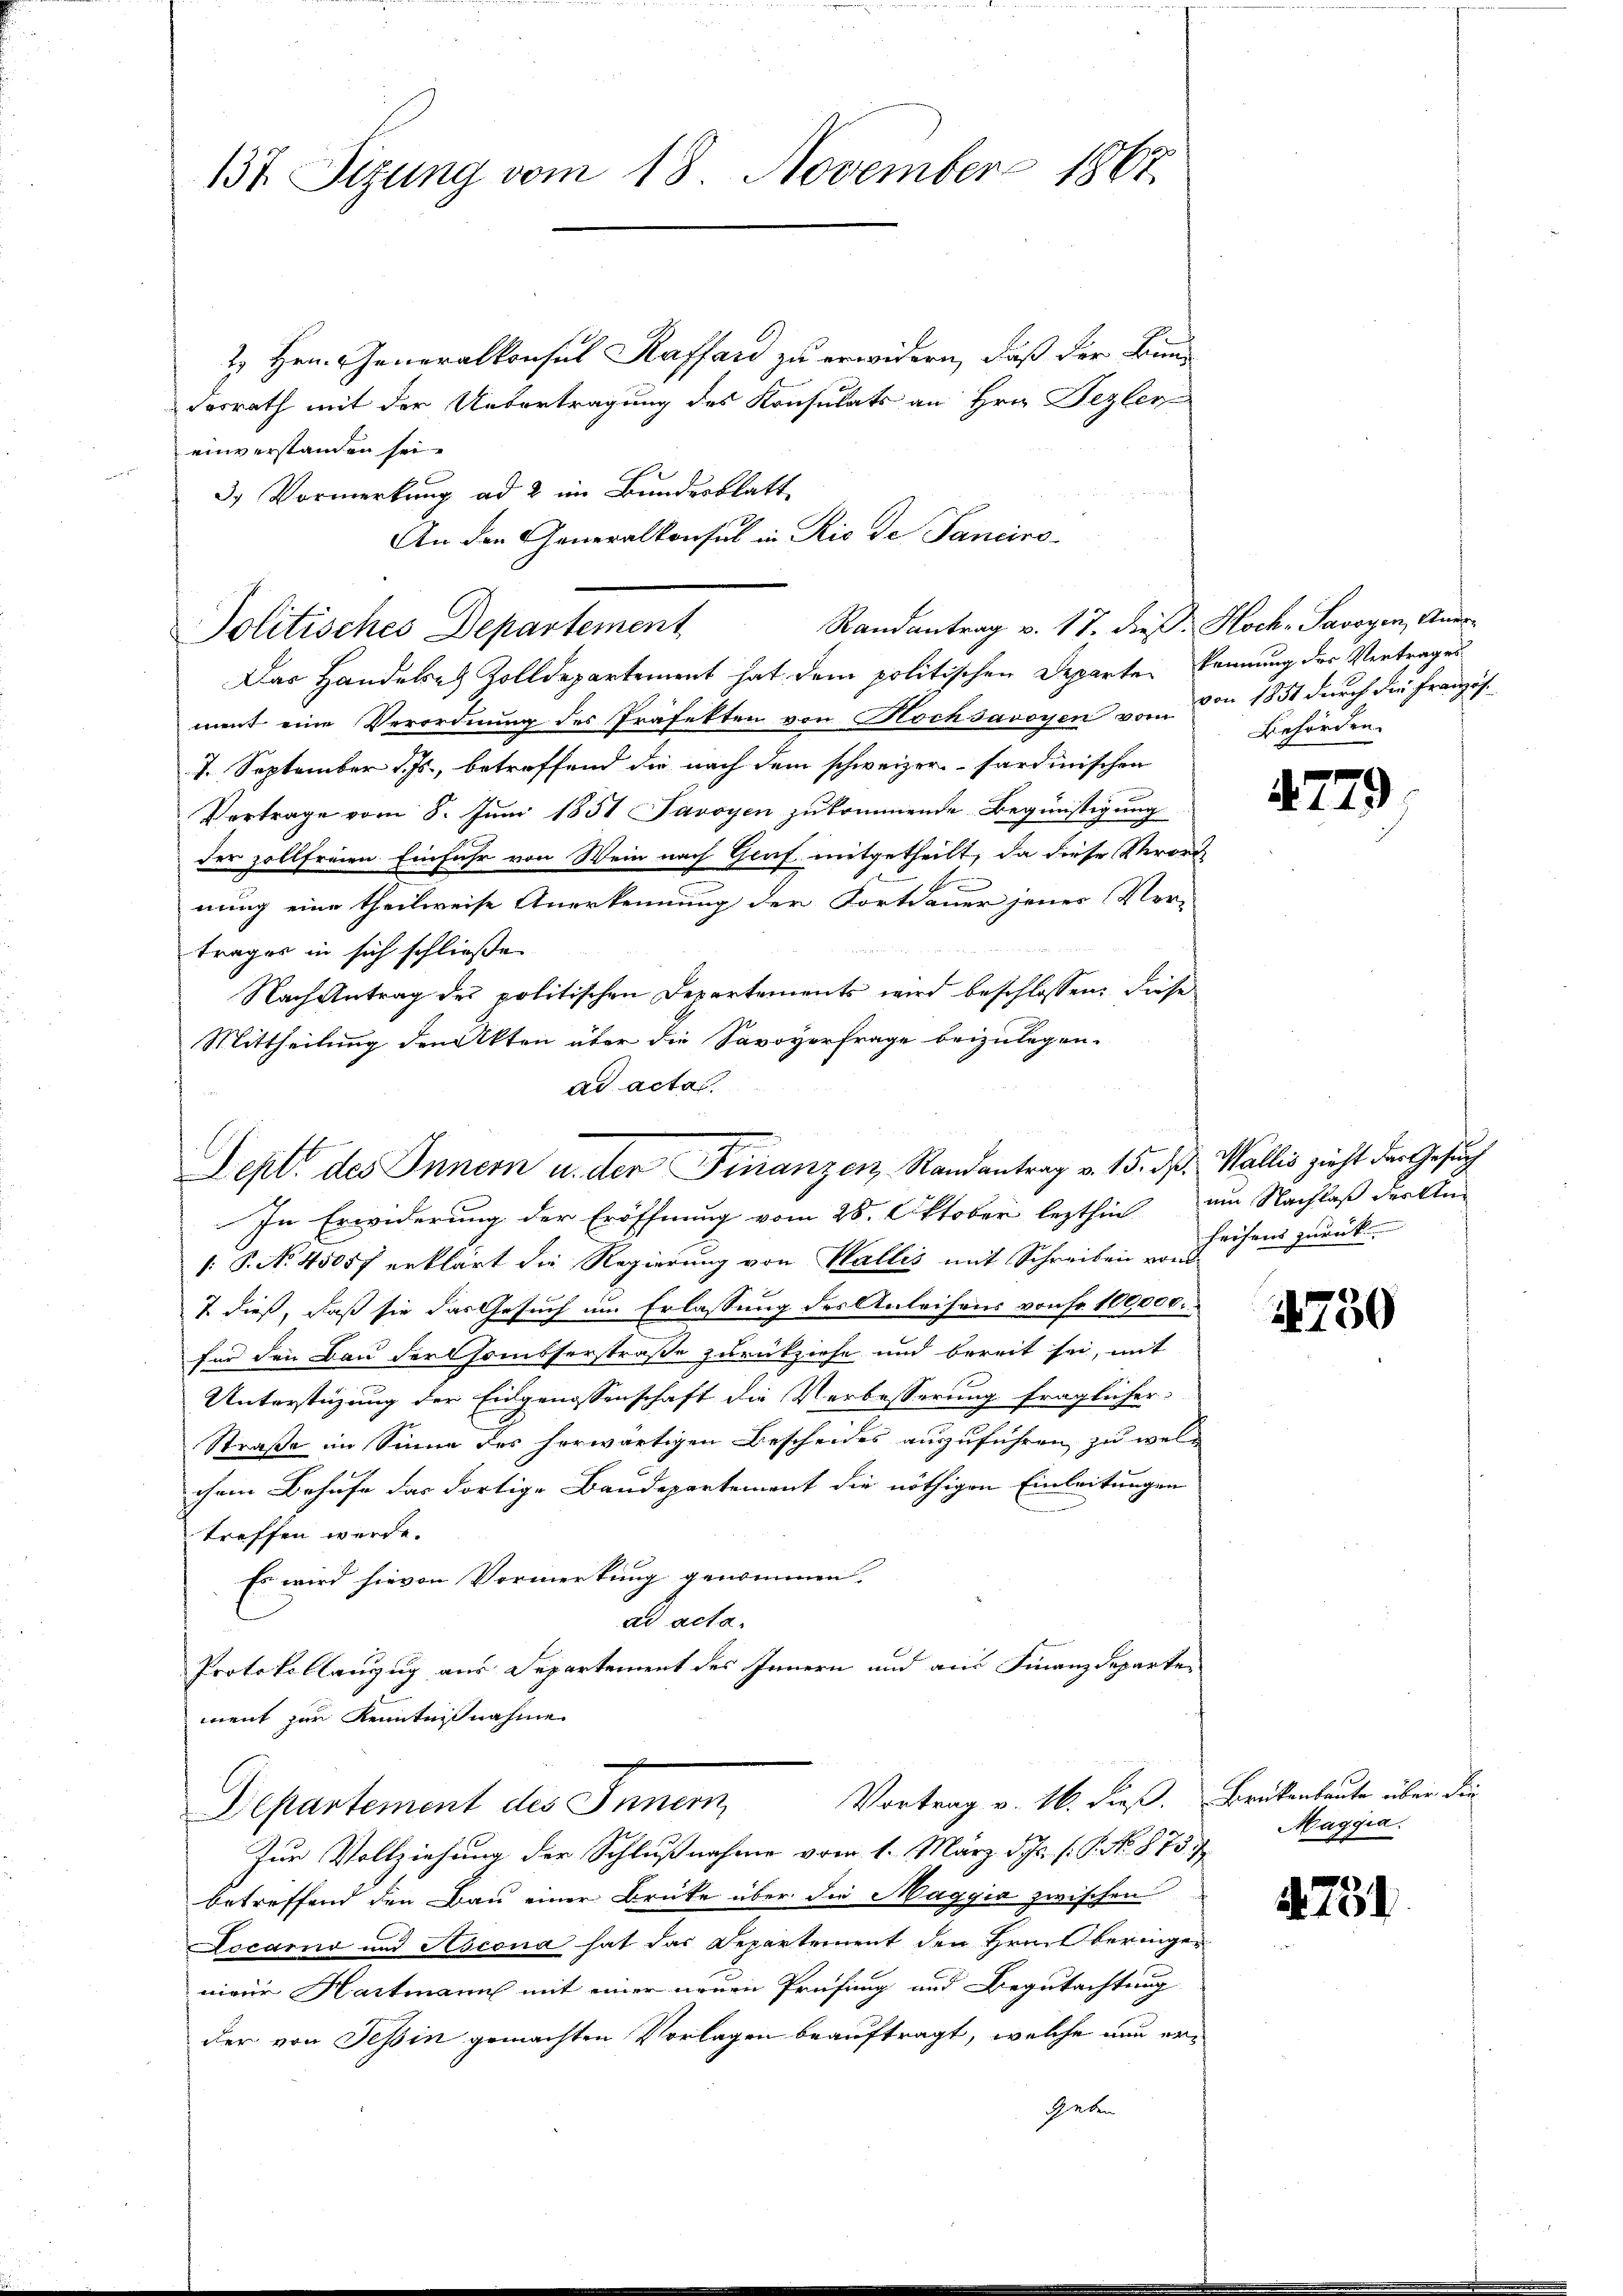
137 Sizung vom 18. November 1867

2 Hrn. Generalkonsul Raffand zu erwidern, daß der Bundesrath mit der Untertragung des Konsulats an Hrn. Pezler
einverstanden sei.
3. Vormerkung ad 2 im Bundesblatt
An den Generalkonsul in Rio de Sanciro-
Politisches Departement
Das Handelsch Zolldepartement hat dem politischen Departe kennung des Vertrages
ment eine Verordnung des Präfekten von Hochsavoyen von von 1851 durch die Französ.
7. September v. Js., betreffend die nach dem schweizer sardinischen
Vertrage vom 8. Juni 1851 Javoyen zukommende Begünstigung
der zollfreien Einfuhr von Wein nach Graf mitgetheilt, da diese Verord
nung eine theilweise Anerkennung der Fortdauer jener Ver-
2 f 2
trages in sich schließe
Nach Antrag des politischen Departements wird beschlossen: diese
Mittheilung den Akten über die Savoyerfrage beizulegen.
ad acta.
In Erwiderung der Eröffnung vom 28. Oktober lezthin am Nachlaß der An-
1. P. No. 45057 erklärt die Regierung von Wallis mit Schreiben von Fächens zurück
& dieß, daß sie das Gesuch um Erlassung des Anleisens von Fr. 100,000.
für den Bau der Hombserstraße zurückziehe und bereit sei, mit
Unterstüzung der Eidgenossenschaft die Verbesserung fraglicher
Straße im Sinne des herwärtigen Bescheides auszuführen zu welchem Behufe das dortige Baudepartement die nöthigen Einleitungen
treffen werde.
Es wird hievon Vormerkung genommen.
ad acta.
Protokollanzug aus Departement des Innern und aus Finanzdepartement zur Kenntnißnahme.
Departement des Innern, Vortrag v. M. dieß.
Zur Vollziehung der Schlußnahme vom 1. März Schr. s. S. No. 8754
betreffend den Bau einer Brücke über die Maggia zwischen
Locarno und Ascona hat das Departement den Heut beringer
nieur Hartmann mit einer neuen Prüfung und Begutachtung
der von Tessin gemachten Vorlagen beauftragt, welche nun erheben

Randantrag v. 17. dieß: Hoch- Savoyen, Aner-

Sept. des Innern u. der Finanzen, Randantrag v. 15. d. Wallis zieht der Gesuch

Behörden.

4779

1750

Brükenbaute über die
Maggia.

731